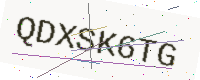
Text: QDXSK6TG